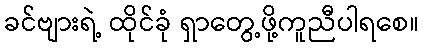
ခင်ဗျားရဲ့ ထိုင်ခုံ ရှာတွေ့ဖို့ကူညီပါရစေ။